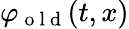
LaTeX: \varphi_{\mathrm{~o~l~d~}}(t,x)